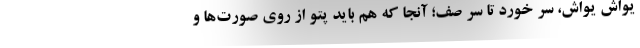
يواش يواش، سُر خورد تا سر صف؛ آنجا كه هم بايد پتو از روي صورت‌ها و